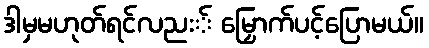
ဒါမှမဟုတ်ရင်လညး် မြှောက်ပင့်ပြောမယ်။